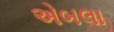
એબલા